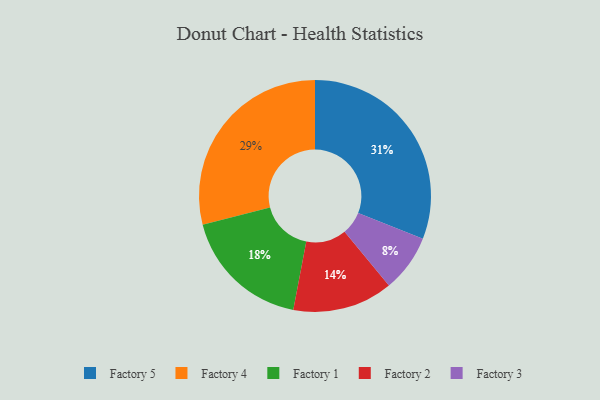
{"axis": {"x": "Category", "y": "Percentage"}, "legend": ["Factory 1", "Factory 2", "Factory 3", "Factory 4", "Factory 5"], "data": [{"x": "Factory 2", "y": 14, "type": "Factory 2"}, {"x": "Factory 3", "y": 8, "type": "Factory 3"}, {"x": "Factory 5", "y": 31, "type": "Factory 5"}, {"x": "Factory 4", "y": 29, "type": "Factory 4"}, {"x": "Factory 1", "y": 18, "type": "Factory 1"}]}